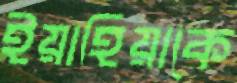
ইয়াহিয়াকে